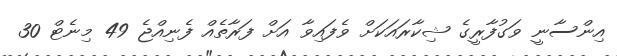
އިންސާނީ ވަގުފާރީގެ ޝިކާރައަކަށް ވެފައިވާ އަށް ފަރާތެއް ފެނިއްޖެ 49 މިނެޓް 30